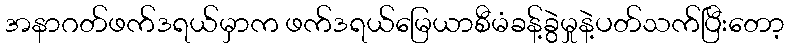
အနာဂတ်ဖက်ဒရယ်မှာက ဖက်ဒရယ်မြေယာစီမံခန့်ခွဲမှုနဲ့ပတ်သက်ပြီးတော့